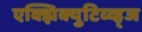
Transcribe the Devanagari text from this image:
एक्झिक्युटिव्व्ह्ज